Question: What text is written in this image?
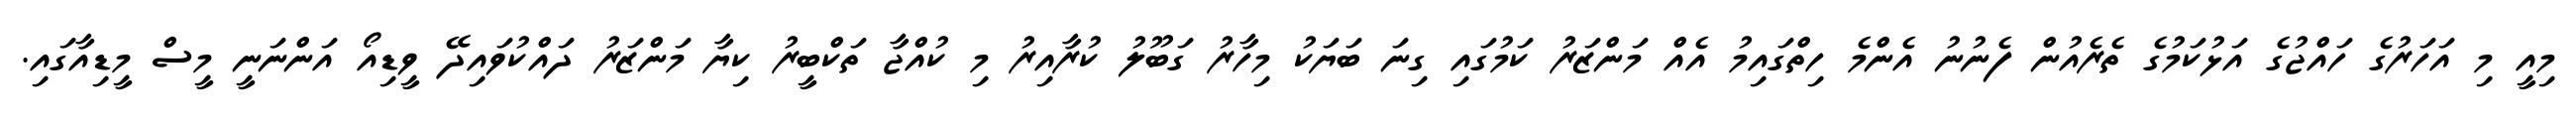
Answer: މިއީ މި އަހަރުގެ ހައްޖުގެ އަޅުކަމުގެ ތެރެއުން ފެނުނު އެންމެ ހިތްގައިމު އެއް މަންޒަރު ކަމުގައި ގިނަ ބަޔަކު މިހާރު ގަބޫލު ކުރާއިރު މި ކުއްޖާ ތަކްބީރު ކިޔާ މަންޒަރު ދައްކުވައިދޭ ވީޑިއޯ އަންނަނީ މީސް މީޑިއާގައި.